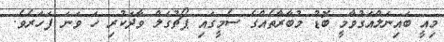
މިއީ ބައިނަލްއަގުވާމީ ބޮޑު މުބާރާތެއްގެ ސެމީގައި ޕޯޗުގަލް ވާދަކުރި ހަ ވަނަ ފަހަރެވެ.